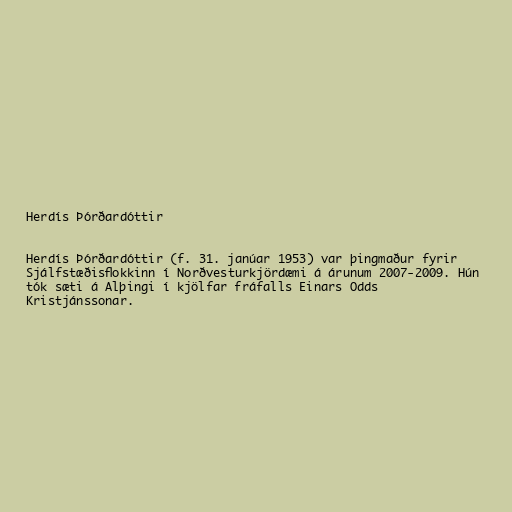
Herdís Þórðardóttir

Herdís Þórðardóttir (f. 31. janúar 1953) var þingmaður fyrir
Sjálfstæðisflokkinn í Norðvesturkjördæmi á árunum 2007-2009. Hún
tók sæti á Alþingi í kjölfar fráfalls Einars Odds
Kristjánssonar.